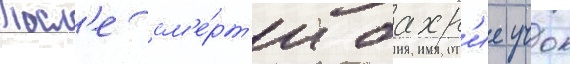
Посл'е см'е́рт'и бахр'ие учок